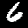
Label: 6